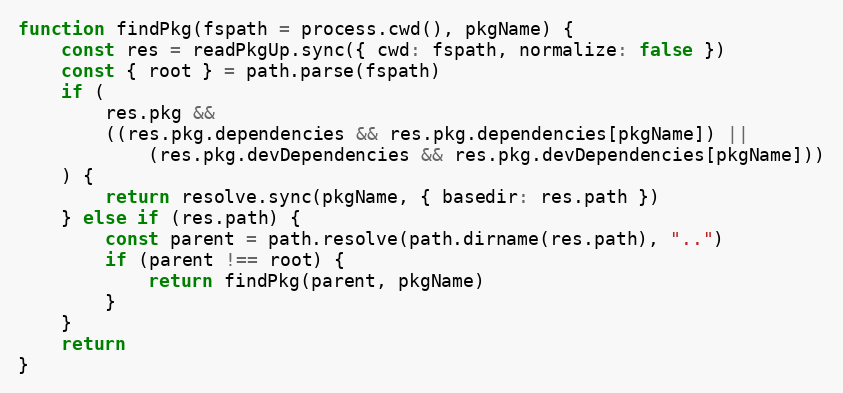
Language: JavaScript
function findPkg(fspath = process.cwd(), pkgName) {
    const res = readPkgUp.sync({ cwd: fspath, normalize: false })
    const { root } = path.parse(fspath)
    if (
        res.pkg &&
        ((res.pkg.dependencies && res.pkg.dependencies[pkgName]) ||
            (res.pkg.devDependencies && res.pkg.devDependencies[pkgName]))
    ) {
        return resolve.sync(pkgName, { basedir: res.path })
    } else if (res.path) {
        const parent = path.resolve(path.dirname(res.path), "..")
        if (parent !== root) {
            return findPkg(parent, pkgName)
        }
    }
    return
}